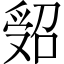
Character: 𠹾